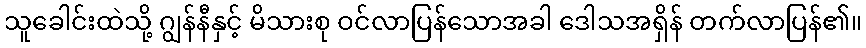
သူခေါင်းထဲသို့ ဂျွန်နီနှင့် မိသားစု ဝင်လာပြန်သောအခါ ဒေါသအရှိန် တက်လာပြန်၏။